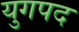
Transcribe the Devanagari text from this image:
युगपद